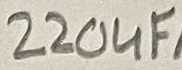
Text: 220uF